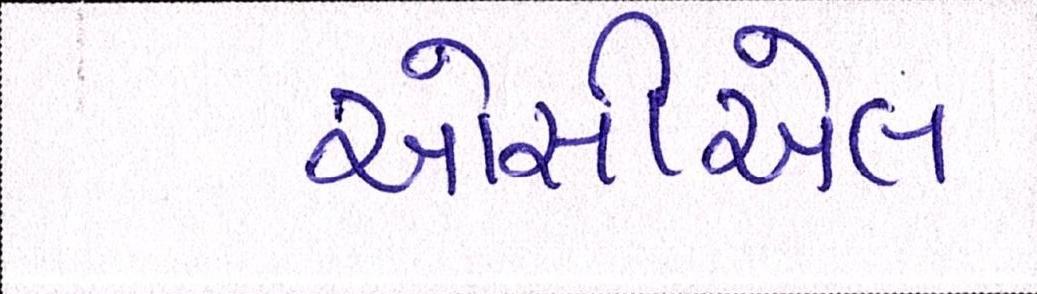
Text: ઓસીએલ